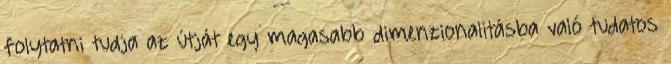
folytatni tudja az útját egy magasabb dimenzionalitásba való tudatos